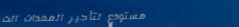
مستودع لتأجير المعدات الث